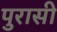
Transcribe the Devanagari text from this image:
पुरासी